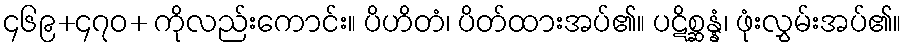
၄၆၉+၄၇၀+ ကိုလည်းကောင်း။ ပိဟိတံ၊ ပိတ်ထားအပ်၏။ ပဋိစ္ဆန္နံ၊ ဖုံးလွှမ်းအပ်၏။